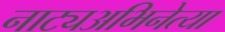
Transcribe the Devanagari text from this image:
नाट्यअभिनेत्या